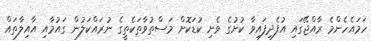
ހަމައެހެންމެ ރާއްޖޭގައި އުފެދިފައިވާ ކުށުގެ ވެށި ކުޑަކޮށް މަސްތުވާތަކެތީގެ ނުރައްކަލުން ގައުމާއި އާއިލާތައް